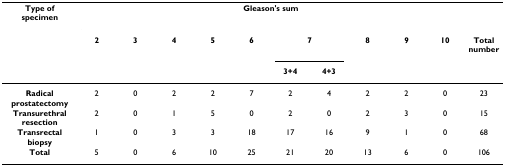
| Type of specimen | <COLSPAN=10> Gleason's sum |  |
 |  | 2 | 3 | 4 | 5 | 6 | <COLSPAN=2> 7 | 8 | 9 | 10 | Total number |
 |  |  |  |  |  |  | 3+4 | 4+3 |  |  |  |  |
 | --- | --- | --- | --- | --- | --- | --- | --- | --- | --- | --- | --- |
 | Radical prostatectomy | 2 | 0 | 2 | 2 | 7 | 2 | 4 | 2 | 2 | 0 | 23 |
 | Transurethral resection | 2 | 0 | 1 | 5 | 0 | 2 | 0 | 2 | 3 | 0 | 15 |
 | Transrectal biopsy | 1 | 0 | 3 | 3 | 18 | 17 | 16 | 9 | 1 | 0 | 68 |
 | Total | 5 | 0 | 6 | 10 | 25 | 21 | 20 | 13 | 6 | 0 | 106 |